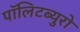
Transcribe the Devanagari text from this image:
पॉलिटब्युरो